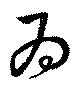
為